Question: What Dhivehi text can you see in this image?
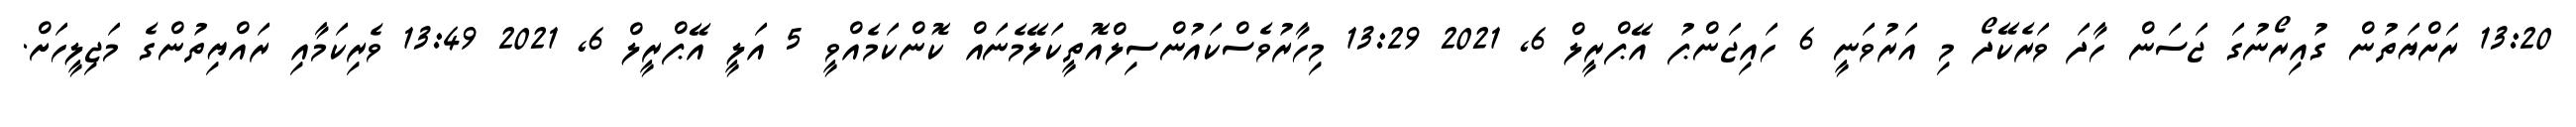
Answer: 13:20 ރަށްޔަތުން ގުއިރޯނުގަ ޖަސަން ހާދަ ވަރެކޭދޯ މި އަރުވަނީ 6 ހައިޖަންޕު އޭޕްރީލް 6, 2021 13:29 މިހާރުވެސްކައުންސިލްއޮތީކަލޭމެނައް ކޮންކަމެއްވީ 5 އަލީ އޭޕްރީލް 6, 2021 13:49 ވެރިކަމާއި ރައްޔިތުންގެ މަޖިލީހަށް.